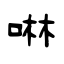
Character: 啉